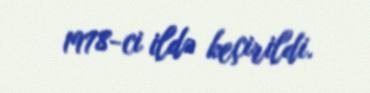
1978-ci ildə keçirildi.